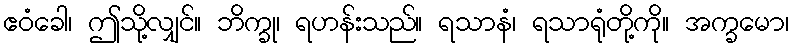
ဧဝံခေါ၊ ဤသို့လျှင်။ ဘိက္ခု၊ ရဟန်းသည်။ ရသာနံ၊ ရသာရုံတို့ကို။ အက္ခမော၊